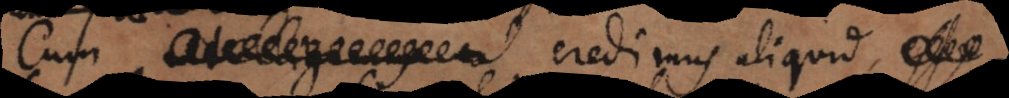
al credimus aliquid esse